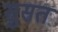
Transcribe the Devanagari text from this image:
सुसत